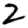
Digit: 2